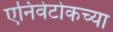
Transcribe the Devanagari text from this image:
एनिवेटोकच्या